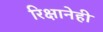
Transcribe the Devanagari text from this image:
रिक्षानेही